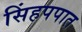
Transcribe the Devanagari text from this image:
सिंहपपात